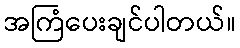
အကြံပေးချင်ပါတယ်။